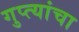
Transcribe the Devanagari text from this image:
गुप्त्यांचा